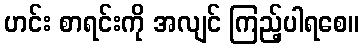
ဟင်း စာရင်းကို အလျင် ကြည့်ပါရစေ။